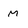
Character: M